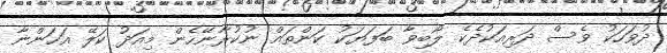
ދުވަހަކު ވެސް ދަރިއަކުދެކެ ލޯބިވާ ބަފަޔަކު ކަންތައް ނުކުރާނޭހެން މިއަދު ކަލޭ އަހަންނާ